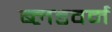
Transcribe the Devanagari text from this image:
ब्लडवर्म